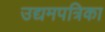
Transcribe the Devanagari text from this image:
उद्यमपत्रिका